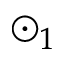
\odot _ { 1 }